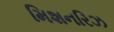
મિશનરિઝ